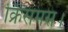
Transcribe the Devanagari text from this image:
क्रिसमस।